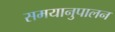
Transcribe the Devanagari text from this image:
समयानुपालन